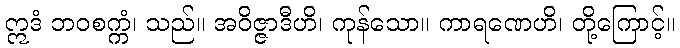
ဣဒံ ဘဝစက္ကံ၊ သည်။ အဝိဇ္ဇာဒီဟိ၊ ကုန်သော။ ကာရဏေဟိ၊ တို့ကြောင့်။